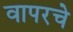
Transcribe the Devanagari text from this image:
वापरचे